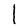
Character: l